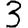
Digit: 3